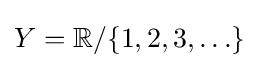
Y=\mathbb {R} /\{1,2,3,\ldots \}